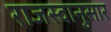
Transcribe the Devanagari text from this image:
राजस्वानुसार